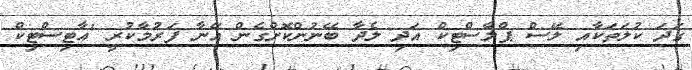
ގަދަ ކުލަތަކާއި ލޭސް ޕްލާސްޓިކް އަދި ލެދާ ބޭނުންކޮށްގެން އޭނާ ފަރުމާކުރީ 'އާޓިސްޓިކް